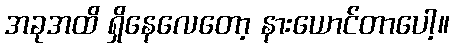
အခုအထိ ရှိနေလေတော့ နားယောင်တာပေါ့။